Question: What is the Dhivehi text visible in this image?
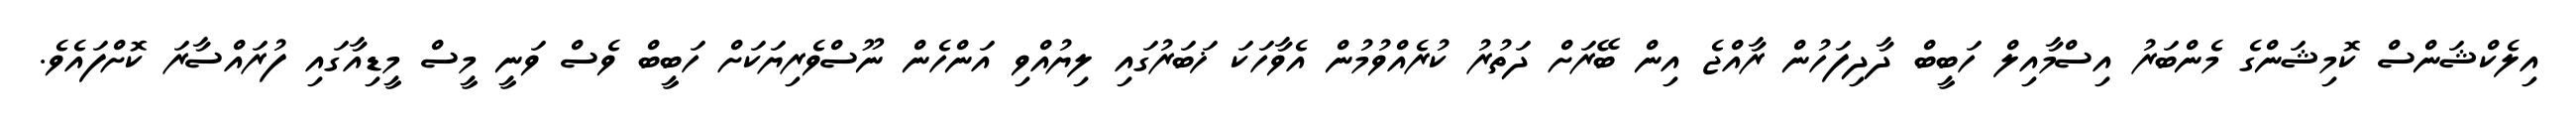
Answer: އިލެކްޝަންސް ކޮމިޝަންގެ މެންބަރު އިސްމާއިލް ހަބީބް ދާދިފަހުން ރާއްޖެ އިން ބޭރަށް ދަތުރު ކުރެއްވުމުން އެވާހަކަ ޚަބަރުގައި ލިޔުއްވި އަންހެން ނޫސްވެރިޔަކަށް ހަބީބް ވެސް ވަނީ މީސް މީޑިއާގައި ފުރައްސާރަ ކޮށްފައެވެ.